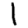
Digit: 1